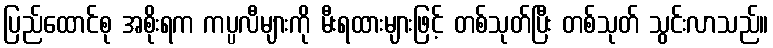
ပြည်ထောင်စု အစိုးရက ကပ္ပလီများကို မီးရထားများဖြင့် တစ်သုတ်ပြီး တစ်သုတ် သွင်းလာသည်။